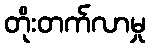
တိုးတက်လာမှု